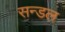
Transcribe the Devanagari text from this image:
सन्डल